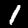
Label: 1